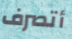
أتصرف